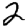
Digit: 2